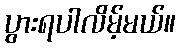
ပွားရပါလိမ့်မယ်။